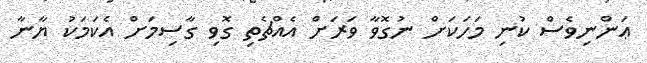
ޢަންނިވެސް ކުނި މަހަކަށް ނުގޮވާ ވަރަށް އެއްޗެތި ގޮވި ގާސިމަށް އެކަމަކު ޔާނާ